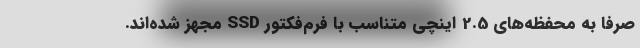
صرفا به محفظه‌های 2.5 اینچی متناسب با فرم‌فکتور SSD مجهز شده‌اند.